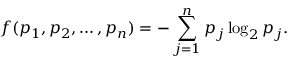
f ( p _ { 1 } , p _ { 2 } , \ldots , p _ { n } ) = - \sum _ { j = 1 } ^ { n } p _ { j } \log _ { 2 } p _ { j } .